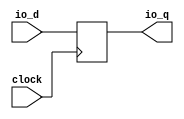
// Copyright (c) 2017, Microsemi Corporation
// All rights reserved.
//
// Redistribution and use in source and binary forms, with or without
// modification, are permitted provided that the following conditions are met:
//     * Redistributions of source code must retain the above copyright
//       notice, this list of conditions and the following disclaimer.
//     * Redistributions in binary form must reproduce the above copyright
//       notice, this list of conditions and the following disclaimer in the
//       documentation and/or other materials provided with the distribution.
//     * Neither the name of the <organization> nor the
//       names of its contributors may be used to endorse or promote products
//       derived from this software without specific prior written permission.
//
// THIS SOFTWARE IS PROVIDED BY THE COPYRIGHT HOLDERS AND CONTRIBUTORS "AS IS" AND
// ANY EXPRESS OR IMPLIED WARRANTIES, INCLUDING, BUT NOT LIMITED TO, THE IMPLIED
// WARRANTIES OF MERCHANTABILITY AND FITNESS FOR A PARTICULAR PURPOSE ARE
// DISCLAIMED. IN NO EVENT SHALL MICROSEMI CORPORATIONM BE LIABLE FOR ANY
// DIRECT, INDIRECT, INCIDENTAL, SPECIAL, EXEMPLARY, OR CONSEQUENTIAL DAMAGES
// (INCLUDING, BUT NOT LIMITED TO, PROCUREMENT OF SUBSTITUTE GOODS OR SERVICES;
// LOSS OF USE, DATA, OR PROFITS; OR BUSINESS INTERRUPTION) HOWEVER CAUSED AND
// ON ANY THEORY OF LIABILITY, WHETHER IN CONTRACT, STRICT LIABILITY, OR TORT
// (INCLUDING NEGLIGENCE OR OTHERWISE) ARISING IN ANY WAY OUT OF THE USE OF THIS
// SOFTWARE, EVEN IF ADVISED OF THE POSSIBILITY OF SUCH DAMAGE.
//
// APACHE LICENSE
// Copyright (c) 2017, Microsemi Corporation 
//
// Licensed under the Apache License, Version 2.0 (the "License");
// you may not use this file except in compliance with the License.
// You may obtain a copy of the License at
//
//    http://www.apache.org/licenses/LICENSE-2.0
//
// Unless required by applicable law or agreed to in writing, software
// distributed under the License is distributed on an "AS IS" BASIS,
// WITHOUT WARRANTIES OR CONDITIONS OF ANY KIND, either express or implied.
// See the License for the specific language governing permissions and
// limitations under the License.
//
// Description:
//
// SVN Revision Information:
// SVN $Revision: $
// SVN $Date: $
//
// Resolved SARs
// SAR      Date     Who   Description
//
// Notes:
//
// ****************************************************************************/
`ifndef RANDOMIZE_REG_INIT 
	 `define RANDOMIZE_REG_INIT 
 `endif
`ifndef RANDOMIZE_MEM_INIT 
	 `define RANDOMIZE_MEM_INIT 
 `endif
`ifndef RANDOMIZE 
	 `define RANDOMIZE 
`endif

`timescale 1ns/10ps
module MiV_AXI_MiV_AXI_0_MIV_RV32IMA_L1_AXI_SYNCHRONIZER_SHIFT_REG_W54_D1( // @[:freechips.rocketchip.system.MivRV32ImaL1AhbConfig.fir@97235.2]
  input         clock, // @[:freechips.rocketchip.system.MivRV32ImaL1AhbConfig.fir@97236.4]
  input  [53:0] io_d, // @[:freechips.rocketchip.system.MivRV32ImaL1AhbConfig.fir@97238.4]
  output [53:0] io_q // @[:freechips.rocketchip.system.MivRV32ImaL1AhbConfig.fir@97238.4]
);
  reg [53:0] sync_0; // @[ShiftReg.scala 114:16:freechips.rocketchip.system.MivRV32ImaL1AhbConfig.fir@97243.4]
  reg [63:0] _RAND_0;
  assign io_q = sync_0;
`ifdef RANDOMIZE
  integer initvar;
  initial begin
    `ifndef verilator
      #0.002 begin end
    `endif
  `ifdef RANDOMIZE_REG_INIT
  _RAND_0 = {2{32'b0}};
  sync_0 = _RAND_0[53:0];
  `endif // RANDOMIZE_REG_INIT
  end
`endif // RANDOMIZE
  always @(posedge clock) begin
    sync_0 <= io_d;
  end
endmodule